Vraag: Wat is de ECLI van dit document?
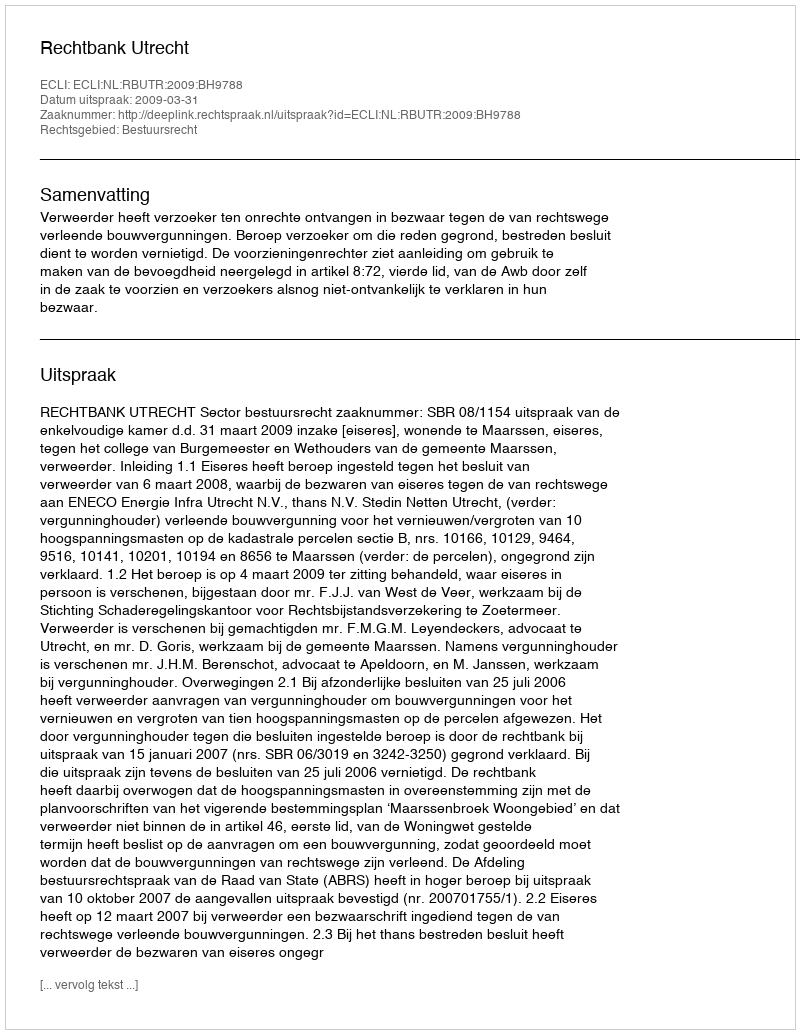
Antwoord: ECLI:NL:RBUTR:2009:BH9788